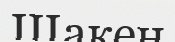
Шакен